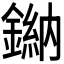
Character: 𫒾